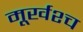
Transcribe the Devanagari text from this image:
मूर्खश्च